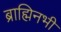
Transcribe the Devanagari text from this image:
ब्राह्मिनभी